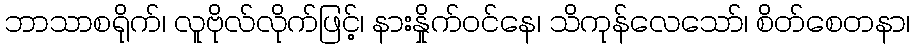
ဘာသာစရိုက်၊ လူဗိုလ်လိုက်ဖြင့်၊ နားနှိုက်ဝင်နေ၊ သိကုန်လေသော်၊ စိတ်စေတနာ၊